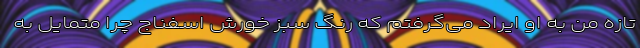
تازه من به او ایراد می‌گرفتم که رنگ سبز خورش اسفناج چرا متمایل به